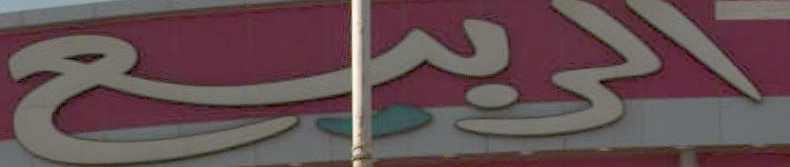
الريمع